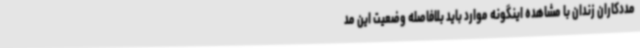
مددکاران زندان با مشاهده اینگونه موارد باید بلافاصله وضعیت این مد